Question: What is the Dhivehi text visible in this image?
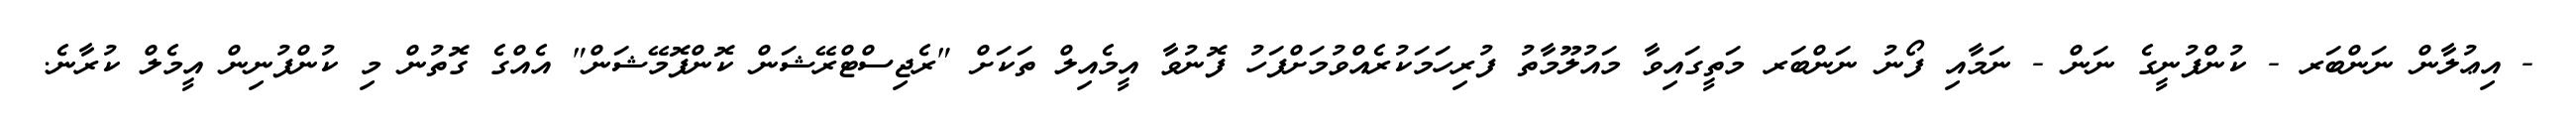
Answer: - އިޢުލާން ނަންބަރ - ކުންފުނީގެ ނަން - ނަމާއި ފޯނު ނަންބަރ މަތީގައިވާ މައުލޫމާތު ފުރިހަމަކުރެއްވުމަށްފަހު ފޮނުވާ އީމެއިލް ތަކަށް "ރެޖިސްޓްރޭޝަން ކޮންފޮމޭޝަން" އެއްގެ ގޮތުން މި ކުންފުނިން އީމެލް ކުރާނެ.